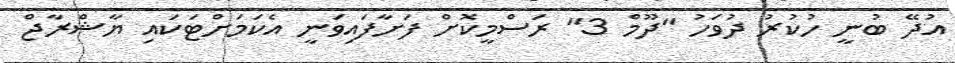
އުދޭ ބުނީ ހުކުރު ދުވަހު "ދޫމް 3" ރަސްމީކޮށް ފަށާފައިވަނީ އެކަމަށްޓަކައި ޔާޝްރާޖް